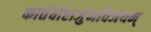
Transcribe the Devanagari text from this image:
कार्त्तवीरार्जुनविजयम्